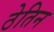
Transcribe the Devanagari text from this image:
ठेतिन